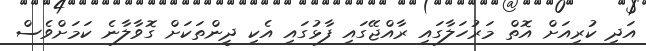
އަދި ކުރިއަށް އޮތް މަރުހަލާގައި ރާއްޖޭގައި ފާޅުގައި އެކި ދީންތަކަށް ގޮވާލާނެ ކަމަށްވެސް